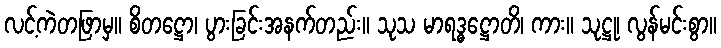
လင့်ကဲတဖြာမှ။ စိတဋ္ဌော၊ ပွားခြင်းအနက်တည်း။ သုသ မာရဒ္ဓဋ္ဌောတိ၊ ကား။ သုဋ္ဌု၊ လွန်မင်းစွာ။